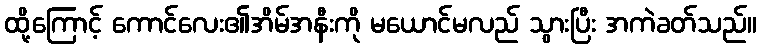
ထို့ကြောင့် ကောင်လေး၏အိမ်အနီးကို မယောင်မလည် သွားပြီး အကဲခတ်သည်။